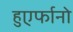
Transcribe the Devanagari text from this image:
हुएर्फानो